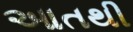
આતથી